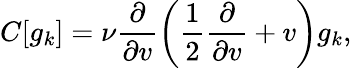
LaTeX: C[g_{k}]=\nu\frac{\partial}{\partial v}\left(\frac{1}{2}\frac{\partial}{\partial v}+v\right)g_{k},